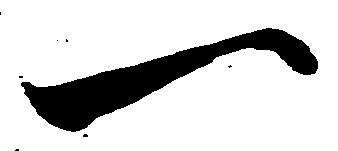
一